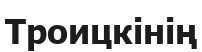
Троицкінің